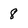
Character: 8